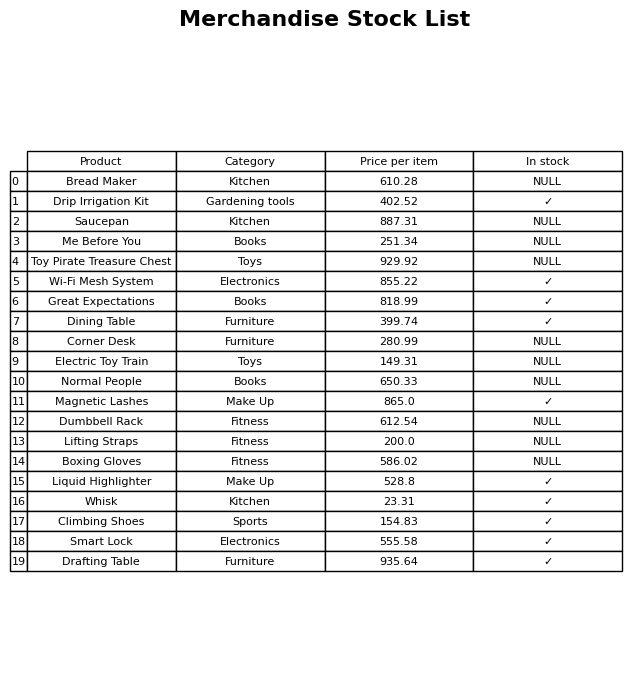
question: Which products are available in stock?
answer: Drip Irrigation Kit, Wi-Fi Mesh System, Great Expectations, Dining Table, Magnetic Lashes, Liquid Highlighter, Whisk, Climbing Shoes, Smart Lock, Drafting Table